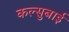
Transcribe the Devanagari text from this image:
कल्सुबाई